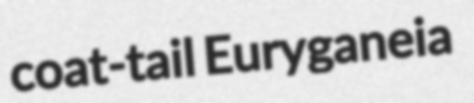
coat-tail Euryganeia